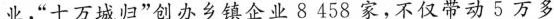
业，”十万城归”创办乡镇企业8458家，不仅带动5万多